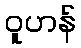
ဝူဟန်